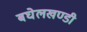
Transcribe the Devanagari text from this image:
बघेलखण्डी